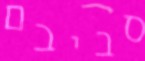
סביבם